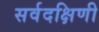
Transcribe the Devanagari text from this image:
सर्वदक्षिणी